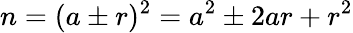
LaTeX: n=(a\pm r)^{2}=a^{2}\pm 2ar+r^{2}